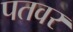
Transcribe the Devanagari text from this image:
पतवर